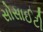
સોસાઈટી